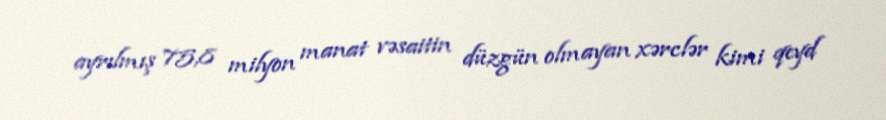
ayrılmış 75,8 milyon manat vəsaitin düzgün olmayan xərclər kimi qeyd